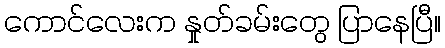
ကောင်လေးက နှုတ်ခမ်းတွေ ပြာနေပြီ။